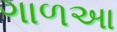
ગાળઆ